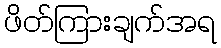
ဖိတ်ကြားချက်အရ